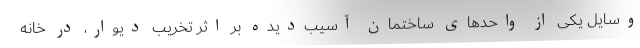
وسایلِ یکی از واحدهای ساختمانِ آسیب‌دیده بر اثر تخریبِ دیوار، در خانه